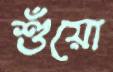
শুঁয়ো